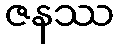
ဇနဿ